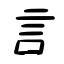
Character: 言